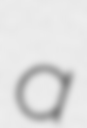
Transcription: a